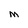
Character: m